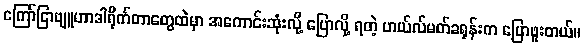
ကြော်ငြာဗျူဟာဒါရိုက်တာတွေထဲမှာ အကောင်းဆုံးလို့ ပြောလို့ ရတဲ့ ဟယ်လ်မတ်ခရုန်းက ပြောဖူးတယ်။